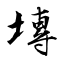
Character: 塼